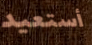
أستعيد